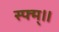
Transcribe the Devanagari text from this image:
स्फ्म्॥